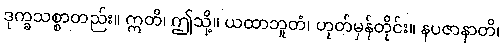
ဒုက္ခသစ္စာတည်း။ ဣတိ၊ ဤသို့။ ယထာဘူတံ၊ ဟုတ်မှန်တိုင်း။ နပဇာနာတိ၊